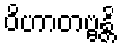
ဝိဟာတဗ္ဗန္တိ